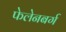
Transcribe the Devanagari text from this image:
फेलेनबर्ग